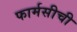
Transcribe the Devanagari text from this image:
फार्मसीची